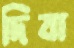
দিবা